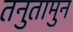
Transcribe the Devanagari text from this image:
तनुतामुन